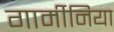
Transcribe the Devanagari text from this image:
गार्मीनिया